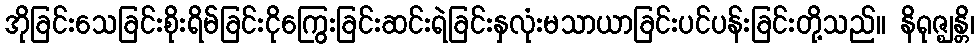
အိုခြင်းသေခြင်းစိုးရိမ်ခြင်းငိုကြွေးခြင်းဆင်းရဲခြင်းနှလုံးမသာယာခြင်းပင်ပန်းခြင်းတို့သည်။ နိရုဇ္ဈန္တိ၊